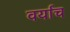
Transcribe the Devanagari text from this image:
वर्याच